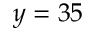
y = 3 5